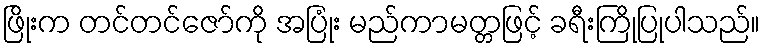
ဖြိုးက တင်တင်ဇော်ကို အပြုံး မည်ကာမတ္တဖြင့် ခရီးကြိုပြုပါသည်။